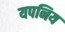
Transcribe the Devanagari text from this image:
यपनिय